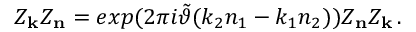
Z _ { \bf k } Z _ { \bf n } = e x p ( 2 \pi i \tilde { \vartheta } ( k _ { 2 } n _ { 1 } - k _ { 1 } n _ { 2 } ) ) Z _ { \bf n } Z _ { \bf k } \, .